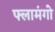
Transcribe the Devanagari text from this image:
फ्लामंगो